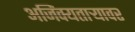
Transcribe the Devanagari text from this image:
अजिंक्यतार्‍यावर